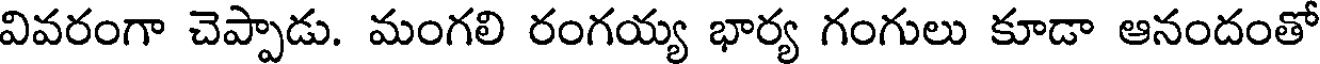
వివరంగా చెప్పాడు. మంగలి రంగయ్య భార్య గంగులు కూడా ఆనందంతో